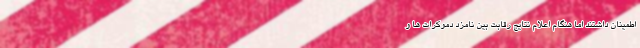
اطمینان داشتند اما هنگام اعلام نتایج رقابت بین نامزد دموکرات ها و